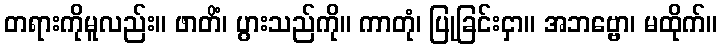
တရားကိုမူလည်း။ ဖာတိံ၊ ပွားသည်ကို။ ကာတုံ၊ ပြုခြင်းငှာ။ အဘဗ္ဗော၊ မထိုက်။